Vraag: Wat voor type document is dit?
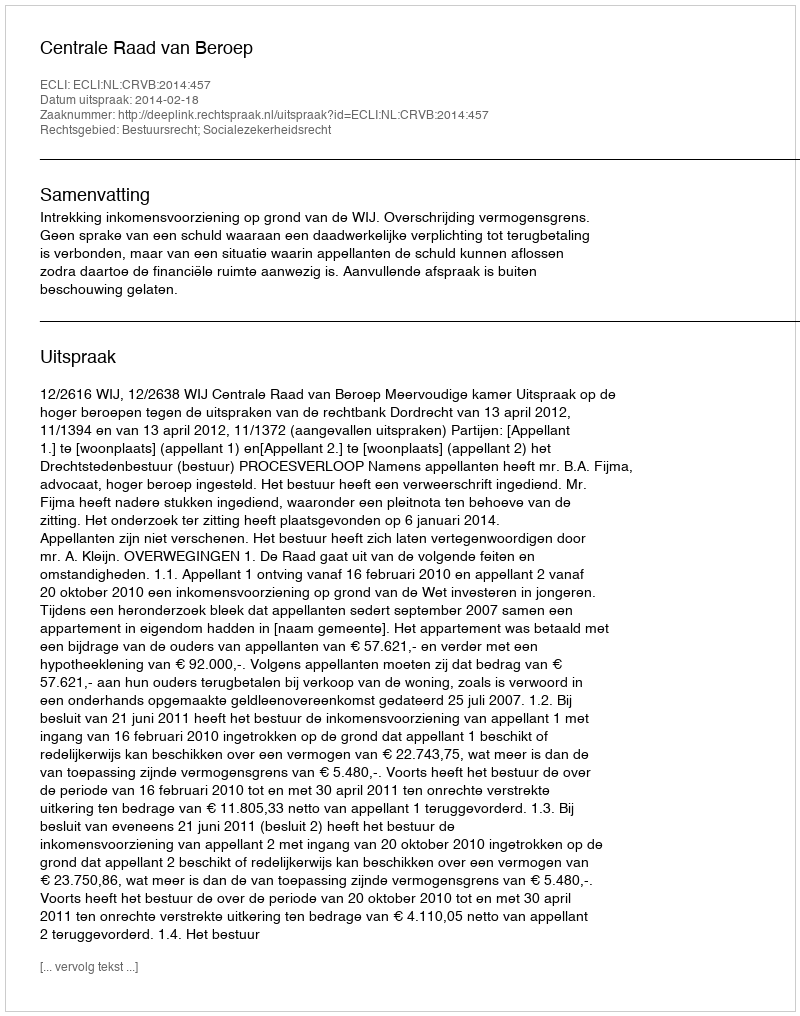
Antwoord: Uitspraak